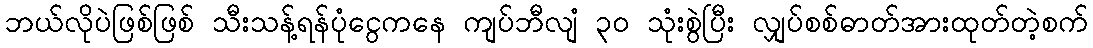
ဘယ်လိုပဲဖြစ်ဖြစ် သီးသန့်ရန်ပုံငွေကနေ ကျပ်ဘီလျံ ၃၀ သုံးစွဲပြီး လျှပ်စစ်ဓာတ်အားထုတ်တဲ့စက်